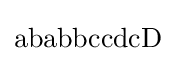
\mathrm {ababbccdcD}